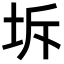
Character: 坼